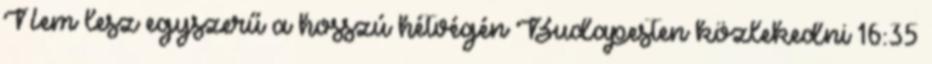
Nem lesz egyszerű a hosszú hétvégén Budapesten közlekedni 16:35